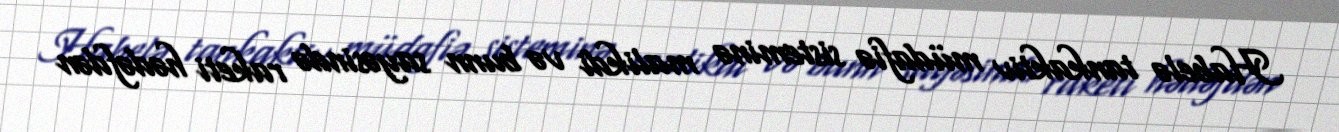
Habelə tankaktiv müdafiə sisteminə malikdi və bunn sayəsində raketi hədəfdən